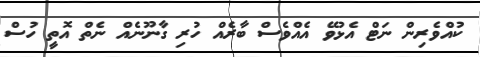
ކުއްވެރިން ނަޓް އެޅުވޭ އެއްވެސް ބާރެއް ހުރި ގާނޫނެއް ނެތް އޮތީ ހުސް